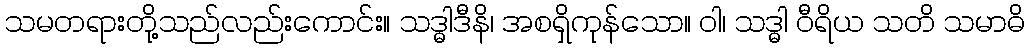
သမတရားတို့သည်လည်းကောင်း။ သဒ္ဓါဒီနိ၊ အစရှိကုန်သော။ ဝါ၊ သဒ္ဓါ ဝီရိယ သတိ သမာဓိ